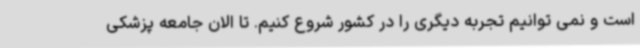
است و نمی توانیم تجربه دیگری را در کشور شروع کنیم. تا الان جامعه پزشکی